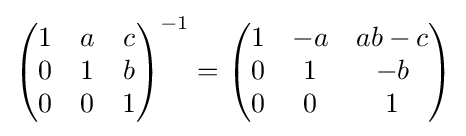
{\begin{pmatrix}1&a&c\\0&1&b\\0&0&1\\\end{pmatrix}}^{-1}={\begin{pmatrix}1&-a&ab-c\\0&1&-b\\0&0&1\\\end{pmatrix}}